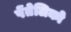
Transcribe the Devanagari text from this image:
पेंतेलिको